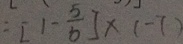
= [ 1 - \frac { 5 } { 6 } ] \times ( - 7 )